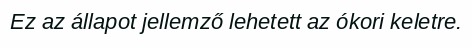
Ez az állapot jellemző lehetett az ókori keletre.